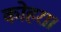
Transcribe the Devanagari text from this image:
कोहरा।